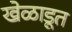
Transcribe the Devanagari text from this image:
खेळाडूत